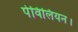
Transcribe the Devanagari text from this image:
पेविलियन।